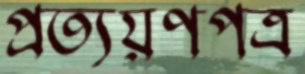
প্রত্যয়ণপত্র